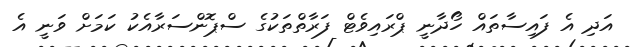
އަދި އެ ފައިސާތައް ހޯދާނީ ޕްރައިވެޓް ފަރާތްތަކުގެ ސްޕޮންސަރާއެކު ކަމަށް ވަނީ އެ